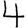
Digit: 4